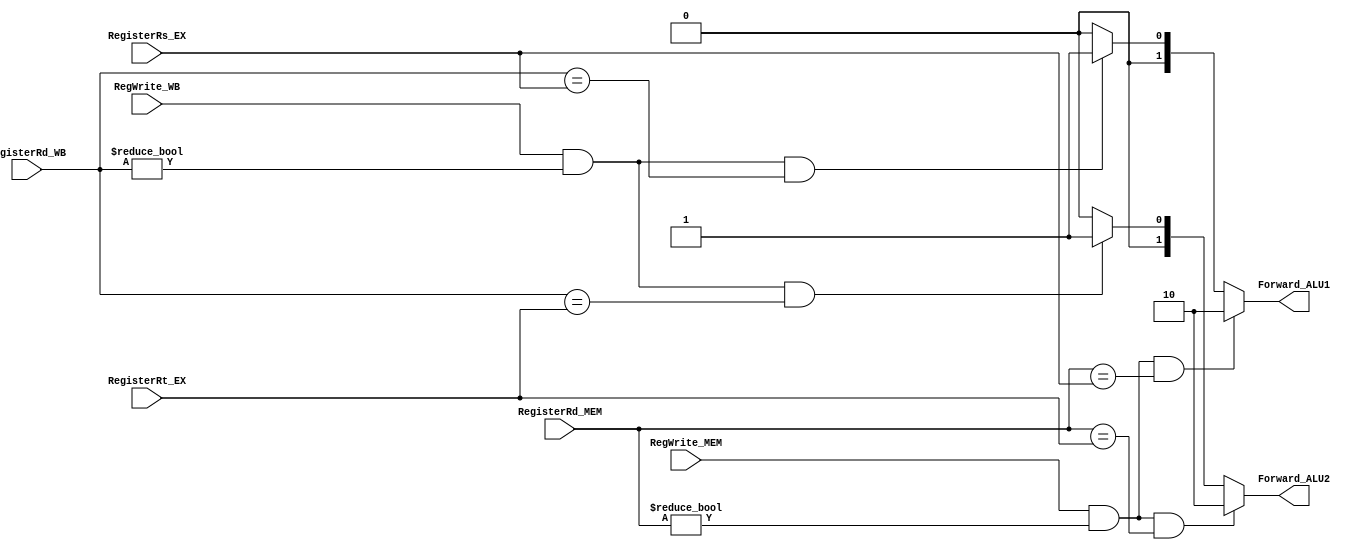
`timescale 1ns / 1ps

module Forwarding (
    input RegWrite_MEM,
    input RegWrite_WB,
    input [4:0] RegisterRs_EX,
    input [4:0] RegisterRt_EX,
    input [4:0] RegisterRd_MEM,
    input [4:0] RegisterRd_WB,
    output reg [1:0] Forward_ALU1,
    output reg [1:0] Forward_ALU2
);
    initial begin
        Forward_ALU1 = 2'b00;
        Forward_ALU2 = 2'b00;
    end
    
    always @(*) begin
        Forward_ALU1 = 2'b00;
        Forward_ALU2 = 2'b00;
    
        if (RegWrite_MEM && (RegisterRd_MEM != 5'b00000)
            && (RegisterRd_MEM == RegisterRs_EX)
        )
            Forward_ALU1 = 2'b10;
        else if (RegWrite_WB && (RegisterRd_WB != 5'b00000)
            && (RegisterRd_WB == RegisterRs_EX)
        )
            Forward_ALU1 = 2'b01;
        
        if (RegWrite_MEM && (RegisterRd_MEM != 5'b00000)
            && (RegisterRd_MEM == RegisterRt_EX)
        )
            Forward_ALU2 = 2'b10;
        else if (RegWrite_WB && (RegisterRd_WB != 5'b00000)
                && (RegisterRd_WB == RegisterRt_EX)
        )
            Forward_ALU2 = 2'b01;
    end
endmodule

module Forwarding_ID (
    input RegWrite_MEM,
    input RegWrite_WB,
    input [4:0] RegisterRs_ID,
    input [4:0] RegisterRt_ID,
    input [4:0] RegisterRd_MEM,
    input [4:0] RegisterRd_WB,
    output reg [1:0] Forward_ID1,
    output reg [1:0] Forward_ID2
);
    initial begin
    Forward_ID1 = 2'b00;
    Forward_ID2 = 2'b00;
end

    always @(*) begin
        Forward_ID1 = 2'b00;
        Forward_ID2 = 2'b00;
    
        if (RegWrite_MEM && (RegisterRd_MEM != 5'b00000)
            && (RegisterRd_MEM == RegisterRs_ID)
        )
            Forward_ID1 = 2'b10;
        else if (RegWrite_WB && (RegisterRd_WB != 5'b00000)
            && (RegisterRd_WB == RegisterRs_ID)
        )
            Forward_ID1 = 2'b01;
        
        if (RegWrite_MEM && (RegisterRd_MEM != 5'b00000)
            && (RegisterRd_MEM == RegisterRt_ID)
        )
            Forward_ID2 = 2'b10;
        else if (RegWrite_WB && (RegisterRd_WB != 5'b00000)
                && (RegisterRd_WB == RegisterRt_ID)
        )
            Forward_ID2 = 2'b01;
    end
endmodule

module HazardDetect(
    input MemRead_EX,
    input MemRead_MEM,
    input MayBranch_ID,
    input clock,
    input RegWrite_EX,
    input [4:0] RegisterRd_MEM,
    input [4:0] RegWrite_out_EX,
    input [4:0] RegisterRt_EX,
    input [4:0] RegisterRs_ID,
    input [4:0] RegisterRt_ID,
    output reg PC_Write,
    output reg IF_ID_Write,
    output reg Control_0
    );
    reg stall;
    
    initial begin
        stall = 0;
        PC_Write = 1;
        IF_ID_Write = 1;
        Control_0 = 0;
    end
    
    always @(negedge clock) begin
    //always @(*) begin
        stall = (MemRead_EX && ((RegisterRt_EX == RegisterRs_ID) || (RegisterRt_EX == RegisterRt_ID))) ||
            (RegWrite_EX && MayBranch_ID && ((RegWrite_out_EX == RegisterRs_ID) || (RegWrite_out_EX == RegisterRt_ID))) ||
            (MemRead_EX && MayBranch_ID && ((RegisterRt_EX == RegisterRs_ID) || (RegisterRt_EX == RegisterRt_ID))) ||
            (MemRead_MEM && MayBranch_ID && ((RegisterRd_MEM == RegisterRs_ID) || (RegisterRd_MEM == RegisterRt_ID)));
        PC_Write = ~stall;
        IF_ID_Write = ~stall;
        Control_0 = stall;
    end
endmodule

module FlushDetection (
    input BranchEq,
    input BranchNeq,
    input Zero,
    input Jump,
    output wire Flush
);
    assign Flush = (BranchEq & Zero) | (BranchNeq & ~Zero) | Jump;
endmodule